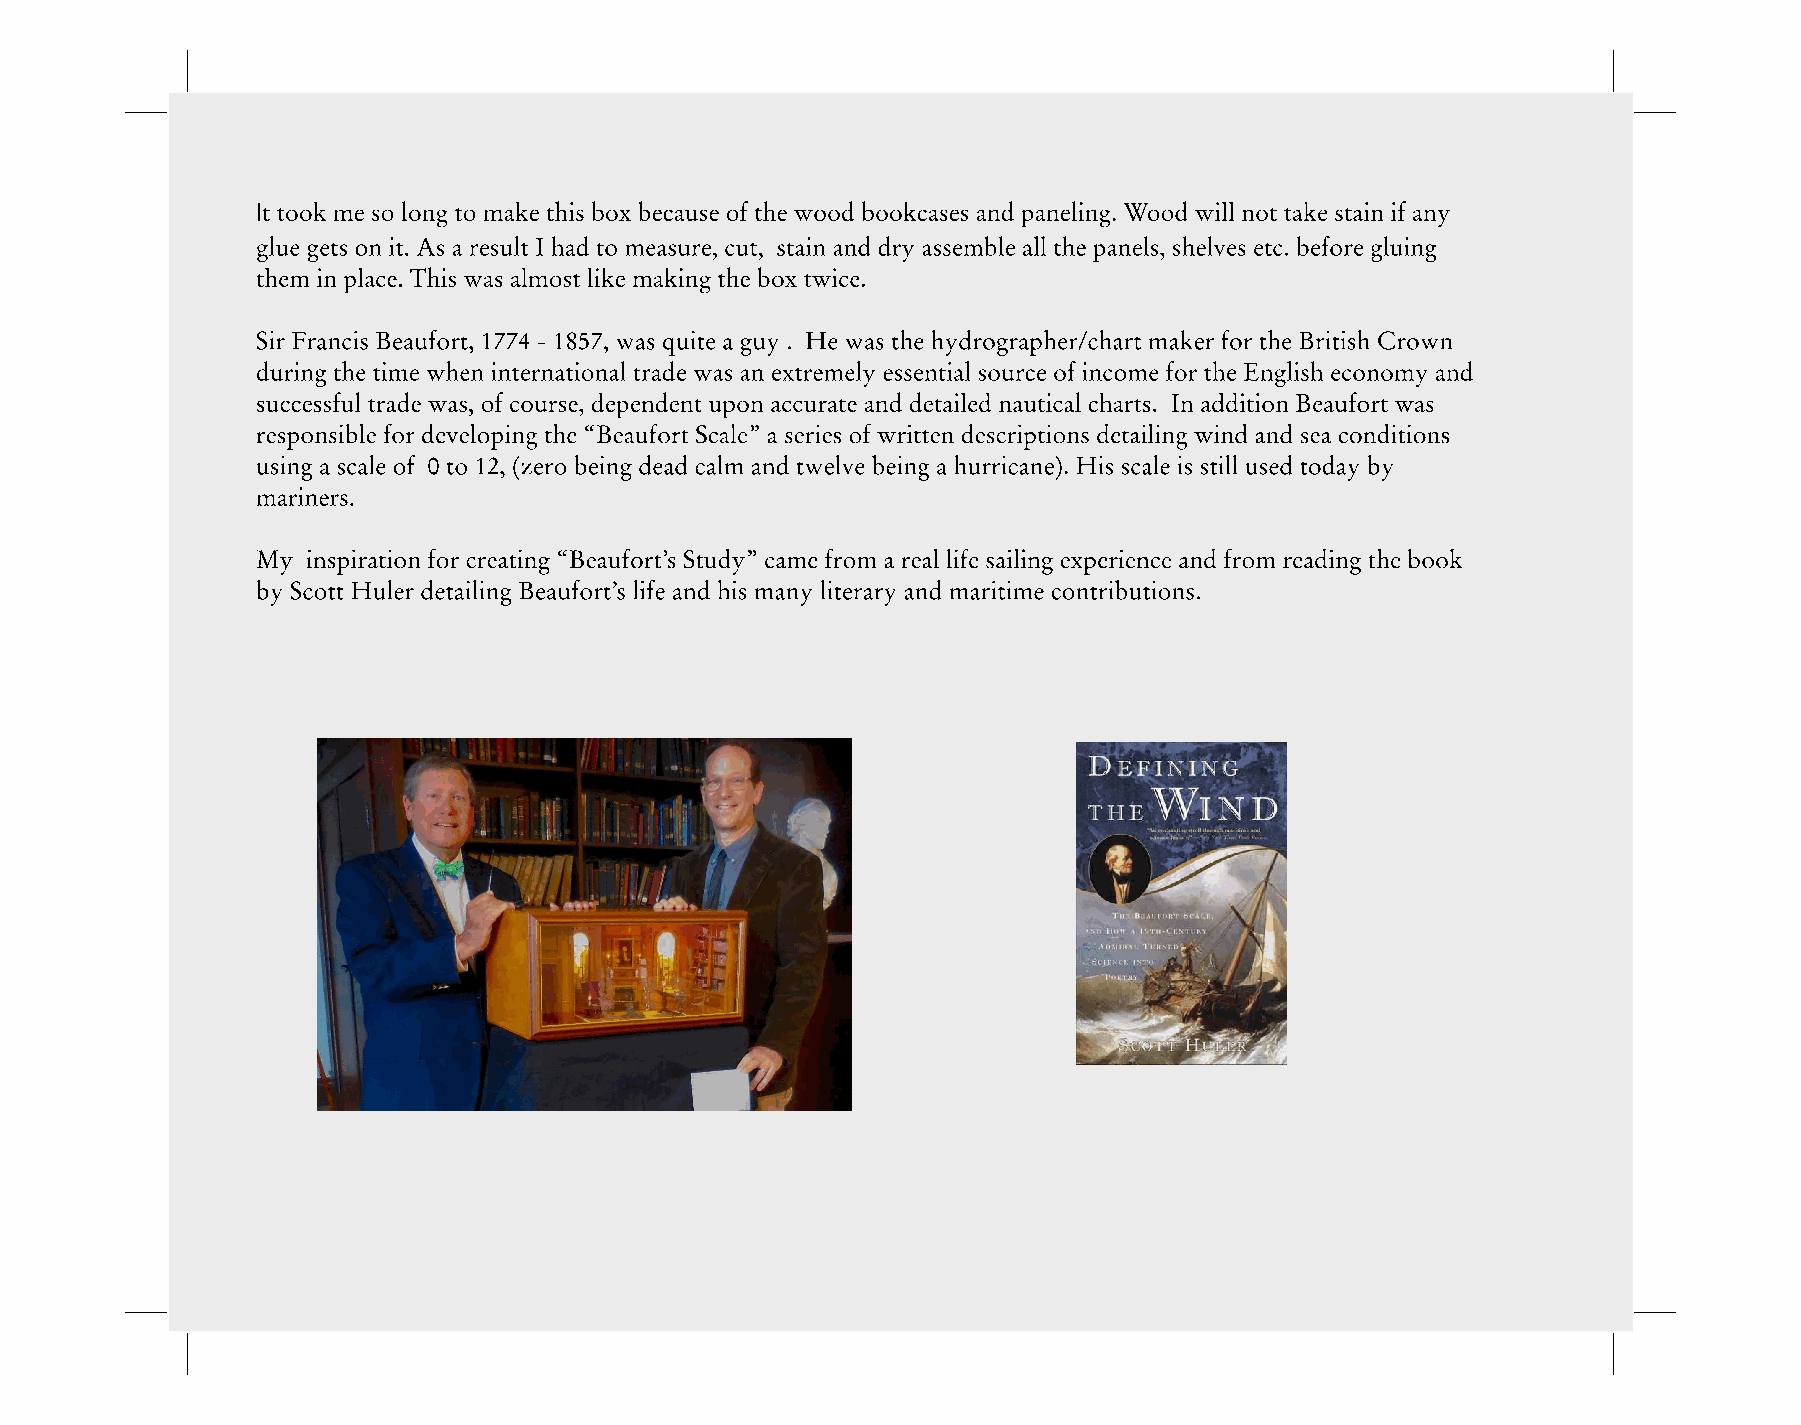
It took me so long to make this box because of the wood bookcases and paneling. Wood will not take stain if any
 glue gets on it. As a result I had to measure, cut, stain and dry assemble all the panels, shelves etc. before gluing
 them in place. This was almost like making the box twice.
 Sir Francis Beaufort, 1774 - 1857, was quite a guy . He was the hydrographer/chart maker for the British Crown
 during the time when international trade was an extremely essential source of income for the English economy and
 successful trade was, of course, dependent upon accurate and detailed nautical charts. In addition Beaufort was
 responsible for developing the “Beaufort Scale” a series of written descriptions detailing wind and sea conditions
 using a scale of 0 to 12, (zero being dead calm and twelve being a hurricane). His scale is still used today by
 mariners.
 My inspiration for creating “Beaufort’s Study” came from a real life sailing experience and from reading the book
 by Scott Huler detailing Beaufort’s life and his many literary and maritime contributions.